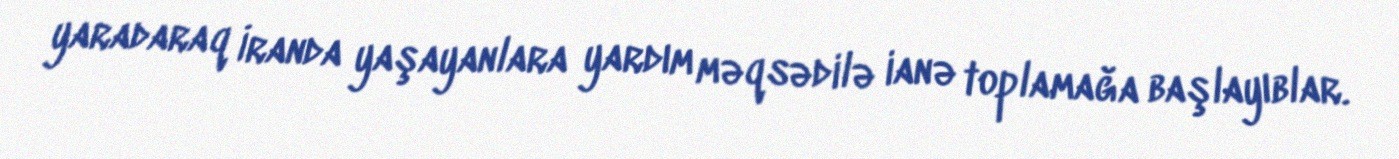
yaradaraq İranda yaşayanlara yardım məqsədilə ianə toplamağa başlayıblar.